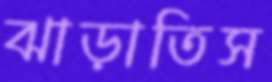
ঝাড়াতিস